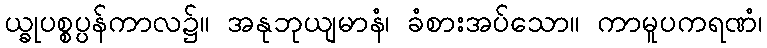
ယ္ခုပစ္စပ္ပန်ကာလ၌။ အနုဘုယျမာနံ၊ ခံစားအပ်သော။ ကာမူပကရဏံ၊